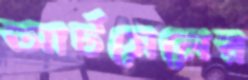
আর্টসেলের